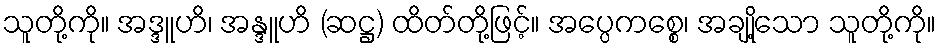
သူတို့ကို။ အဒ္ဒူဟိ၊ အန္ဒူဟိ (ဆဋ္ဌ) ထိတ်တို့ဖြင့်။ အပ္ပေကစ္စေ၊ အချို့သော သူတို့ကို။